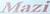
Mazi